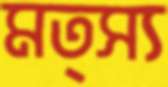
মত্স্য